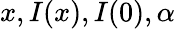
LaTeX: x,I(x),I(0),\alpha